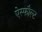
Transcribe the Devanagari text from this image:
ऐस्फौल्ट